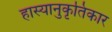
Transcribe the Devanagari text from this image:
हास्यानुकृतिकार